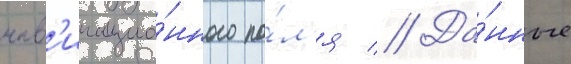
нав'игацио́нного по́л'я // Да́нные